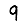
Digit: 9